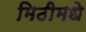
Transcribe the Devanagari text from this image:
मिठीमधे